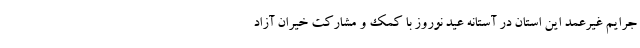
جرایم غیرعمد این استان در آستانه عید نوروز با کمک و مشارکت خیران آزاد